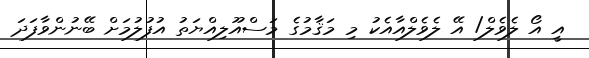
އީ އޯ ލެވެލް/ އޭ ލެވެލްއާއެކު މި މަޤާމުގެ މަސްއޫލިއްޔަތު އުފުލުމަށް ބޭނުންވާފަދަ